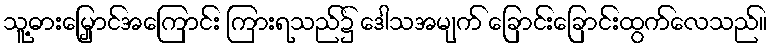
သူ့ဓားမြှောင်အကြောင်း ကြားရသည်၌ ဒေါသအမျက် ခြောင်းခြောင်းထွက်လေသည်။